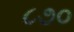
૮૭૦